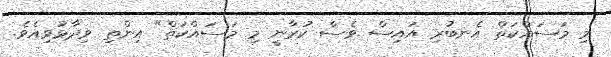
މި މަސައްކަތް އެނބުރި އައިސް ވެސް ކުރާނީ މި މަސައްކަތް" އިންތި ވިދާޅުވިއެވެ.